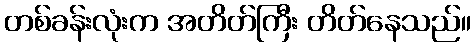
တစ်ခန်းလုံးက အတိတ်ကြီး တိတ်နေသည်။